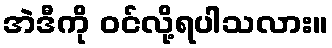
အဲဒီကို ဝင်လို့ရပါသလား။